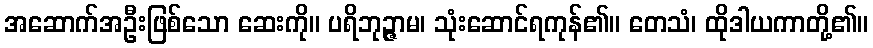
အဆောက်အဦးဖြစ်သော ဆေးကို။ ပရိဘုဉ္ဇာမ၊ သုံးဆောင်ရကုန်၏။ တေသံ၊ ထိုဒါယကာတို့၏။